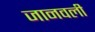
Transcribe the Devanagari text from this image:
जानवली